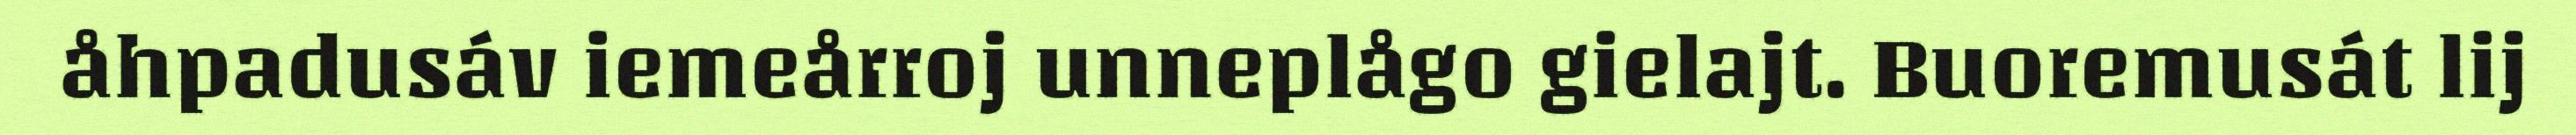
åhpadusáv iemeårroj unneplågo gielajt. Buoremusát lij